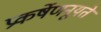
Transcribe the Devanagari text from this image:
प्रकर्षेणनूयते